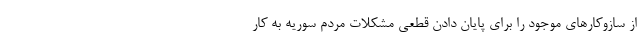
از سازوکارهای موجود را برای پایان دادن قطعی مشکلات مردم سوریه به کار